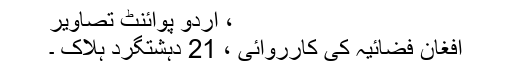
، اُردو پوائنٹ تصاویر
افغان فضائیہ کی کارروائی ، 21 دہشتگرد ہلاک ۔